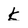
Character: K